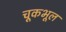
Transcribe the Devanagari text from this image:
चूकभूल